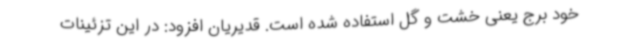
خود برج یعنی خشت و گل استفاده شده است. قدیریان افزود: در این تزئینات